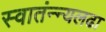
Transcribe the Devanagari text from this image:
स्वातंन्न्यलढा